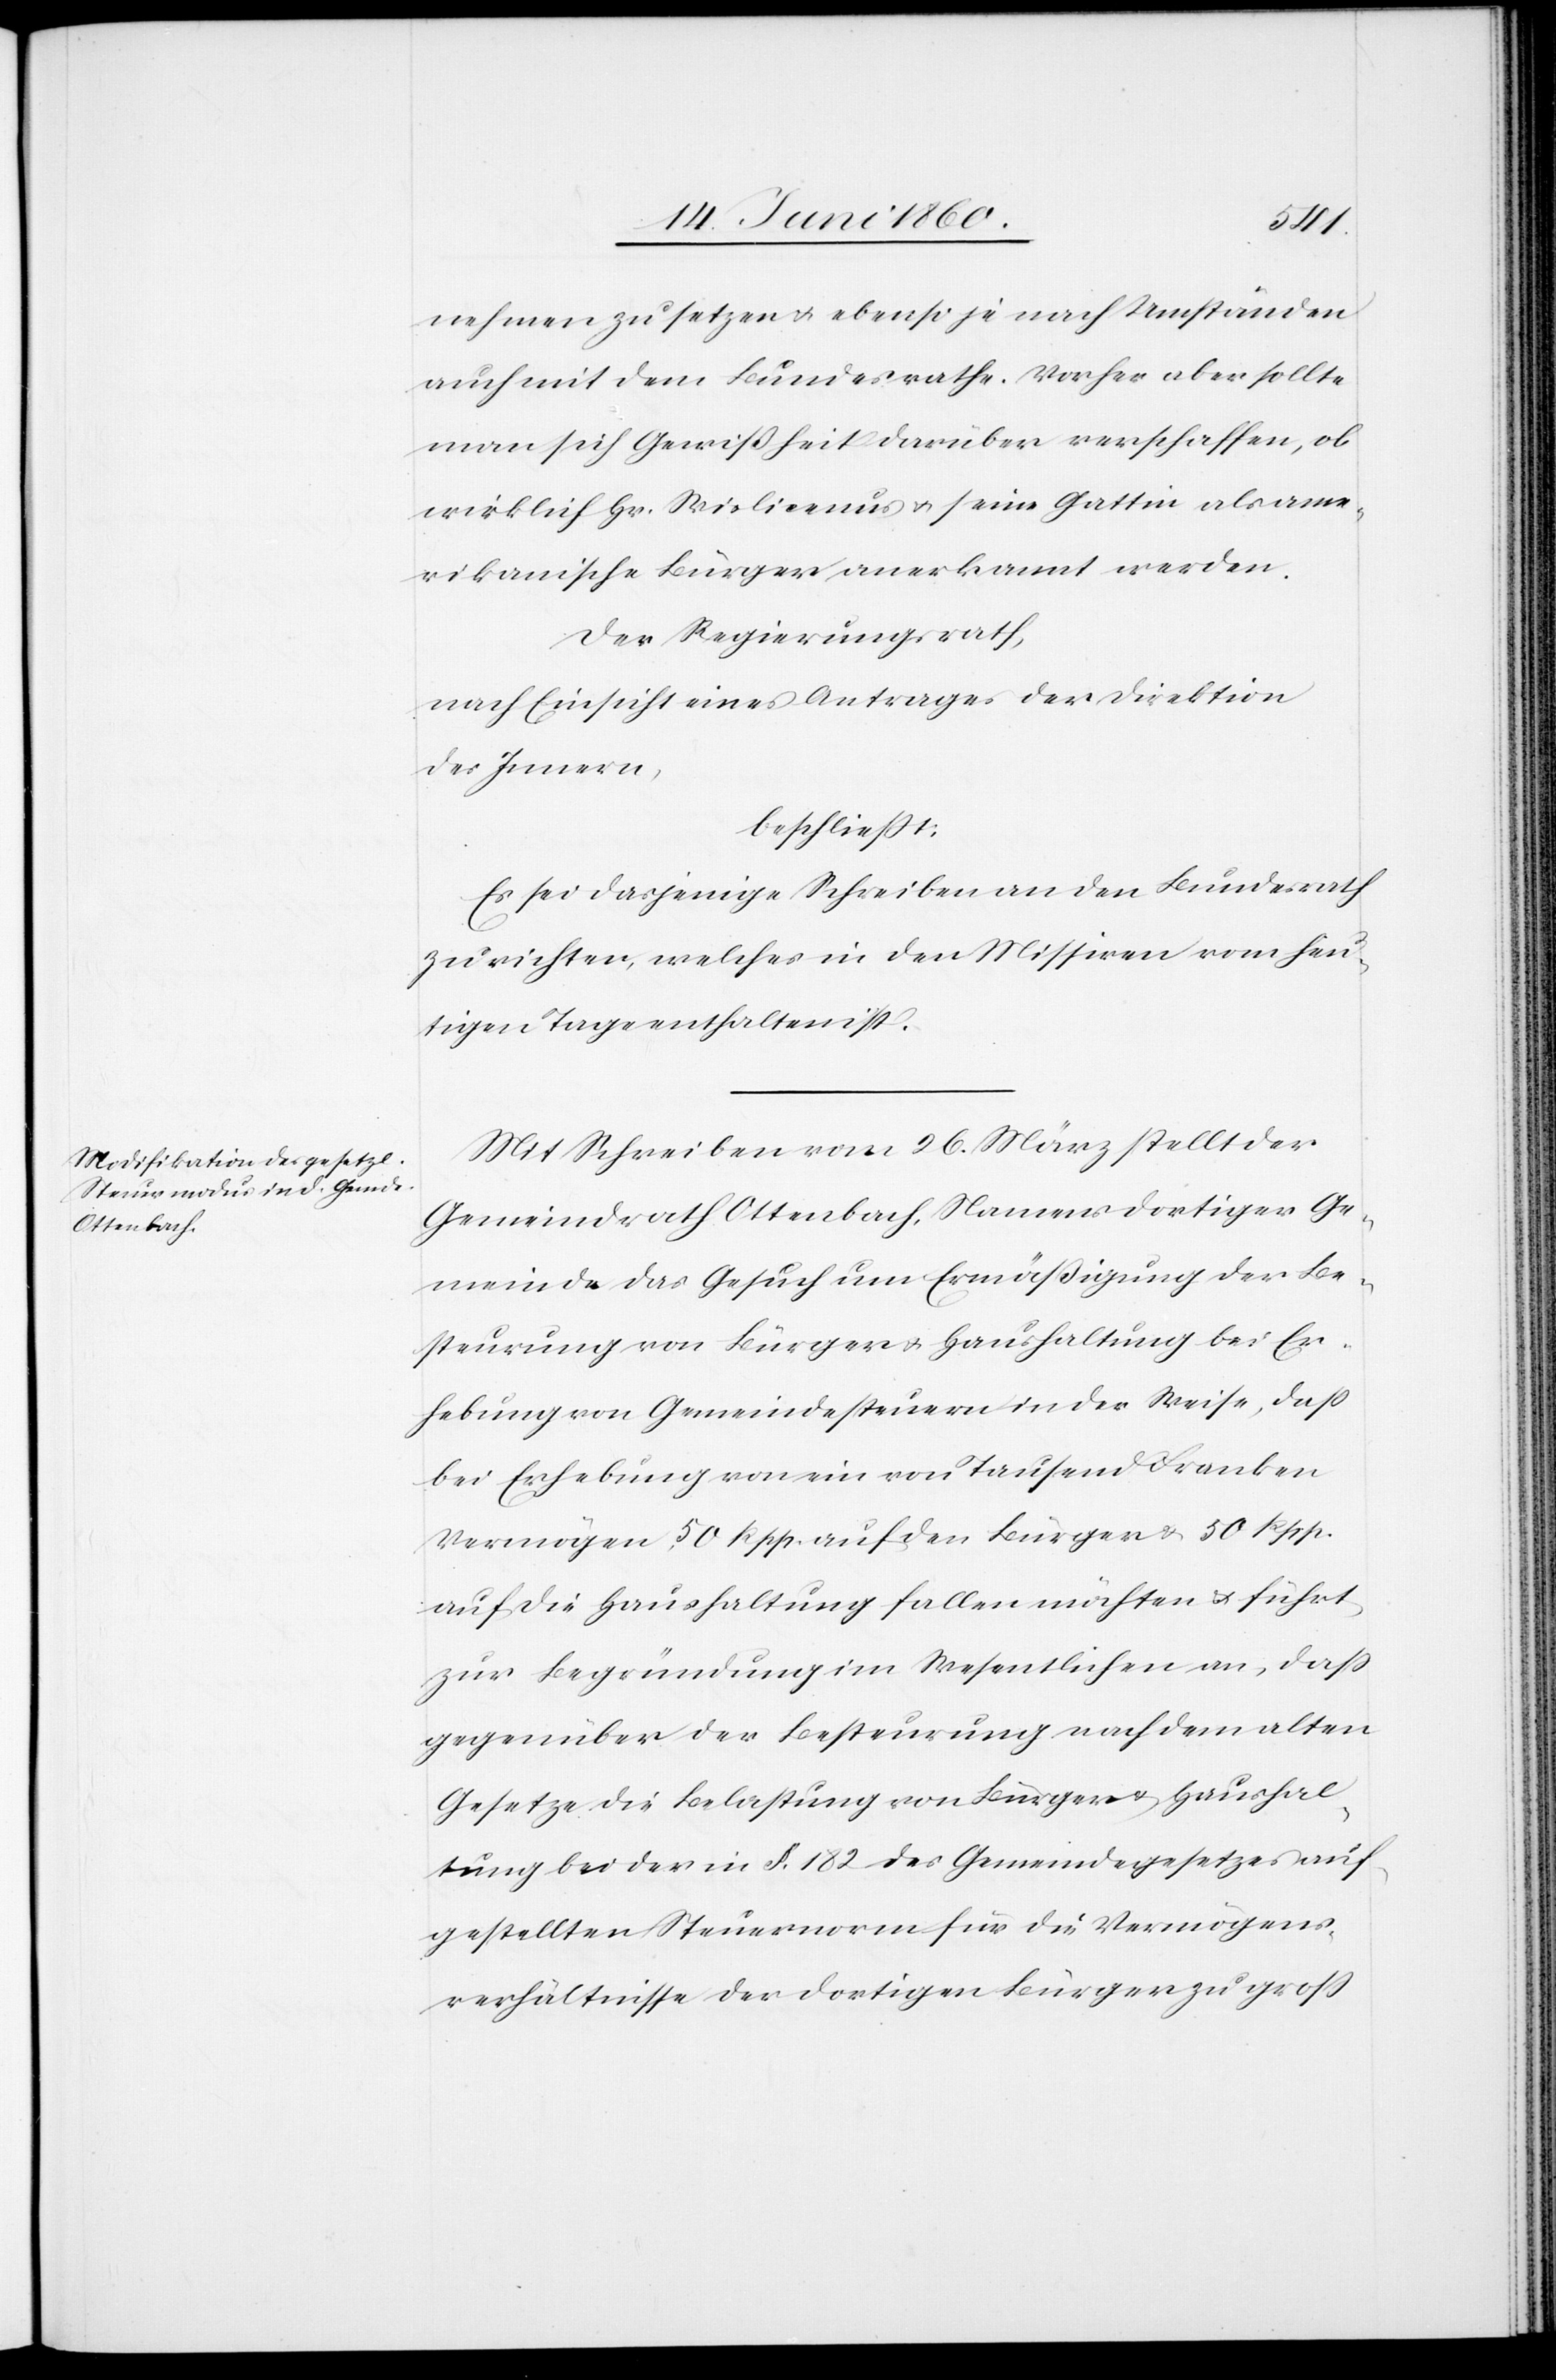
nehmen zu setzen u. ebenso je nach Umständen
auch mit dem Bundesrathe. Vorher aber sollte
man sich Gewissheit darüber verschaffen, ob
wirklich Hr. Wislicemus u. seine Gattin als ame¬
rikanische Bürger anerkannt werden.
Der Regierungsrath,
nach Einsicht eines Antrages der Direktion
des Innern,
beschliesst:
Es sei dasjenige Schreiben an den Bundesrath
zu richten, welches in den Missiven vom heu¬
tigen Tage enthalten ist.
Mit Schreiben vom 26. März stellt der
Gemeindrath Ottenbach, Namens dortiger Ge¬
meinde das Gesuch um Ermäßigung der Be¬
steurung von Bürger u. Haushaltung bei Er¬
hebung von Gemeindesteuern in der Weise, dass
bei Erhebung von ein von Tausend Franken
Vermögen, 50 Rpp. auf den Bürger u. 50 Rpp.
auf die Haushaltung fallen möchten u. führt
zur Begründung im Wesentlichen an, daß
gegenüber der Besteurung nach dem alten
Gesetze die Belastung von Bürger u. Haushal¬
tung bei der in §. 182 des Gemeindegesetzes auf¬
gestellten Steuernorm für die Vermögens¬
verhältnisse der dortigen Bürger zu gross